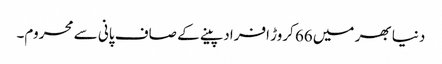
دنیا بھر میں 66 کروڑ افراد پینے کے صاف پانی سے محروم۔